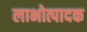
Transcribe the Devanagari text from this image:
लाभोत्पादक